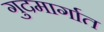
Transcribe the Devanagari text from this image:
गुदमार्गात